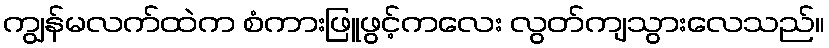
ကျွန်မလက်ထဲက စံကားဖြူဖွင့်ကလေး လွတ်ကျသွားလေသည်။